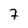
Character: 2